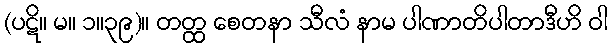
(ပဋိ။ မ။ ၁။၃၉)။ တတ္ထ စေတနာ သီလံ နာမ ပါဏာတိပါတာဒီဟိ ဝါ